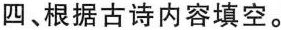
四、根据古诗内容填空。